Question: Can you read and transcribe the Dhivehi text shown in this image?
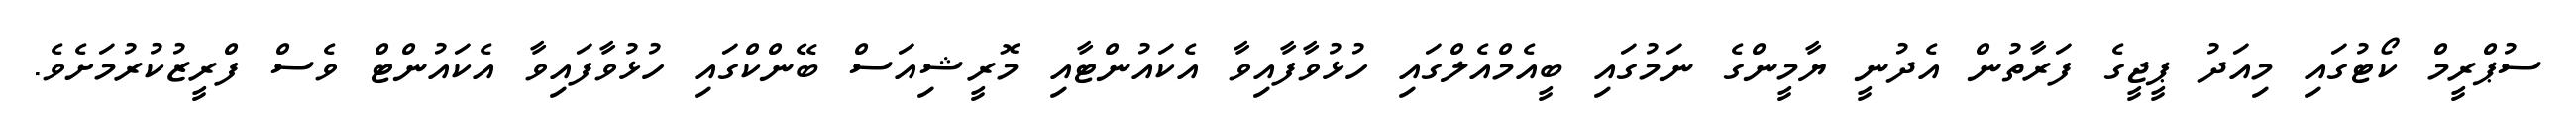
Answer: ސުޕްރީމް ކޯޓުގައި މިއަދު ޕީޖީގެ ފަރާތުން އެދުނީ ޔާމީންގެ ނަމުގައި ބީއެމްއެލްގައި ހުޅުވާފާއިވާ އެކައުންޓާއި މޮރީޝިއަސް ބޭންކްގައި ހުޅުވާފައިވާ އެކައުންޓް ވެސް ފްރީޒުކުރުމަށެވެ.